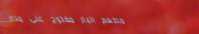
مطعم البار مفتوح على مدار